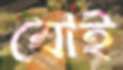
যোই